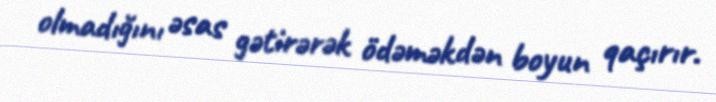
olmadığını əsas gətirərək ödəməkdən boyun qaçırır.